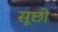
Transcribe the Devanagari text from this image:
सूछी